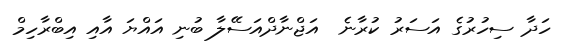
ހަދާ ސިހުރުގެ އަސަރު ކުރާނެ  އަޖްނާދްއަސޭލާ ބުނި އައްޔަ އާއި އިބްރާހިމް